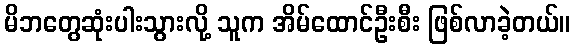
မိဘတွေဆုံးပါးသွားလို့ သူက အိမ်ထောင်ဦးစီး ဖြစ်လာခဲ့တယ်။